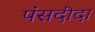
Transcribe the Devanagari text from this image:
पंसदीदा